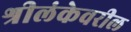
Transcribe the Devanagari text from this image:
श्रीलंकेवरील